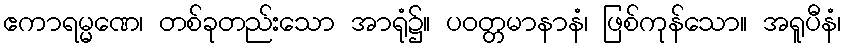
ဧကာရမ္မဏေ၊ တစ်ခုတည်းသော အာရုံ၌။ ပဝတ္တမာနာနံ၊ ဖြစ်ကုန်သော။ အရူပီနံ၊